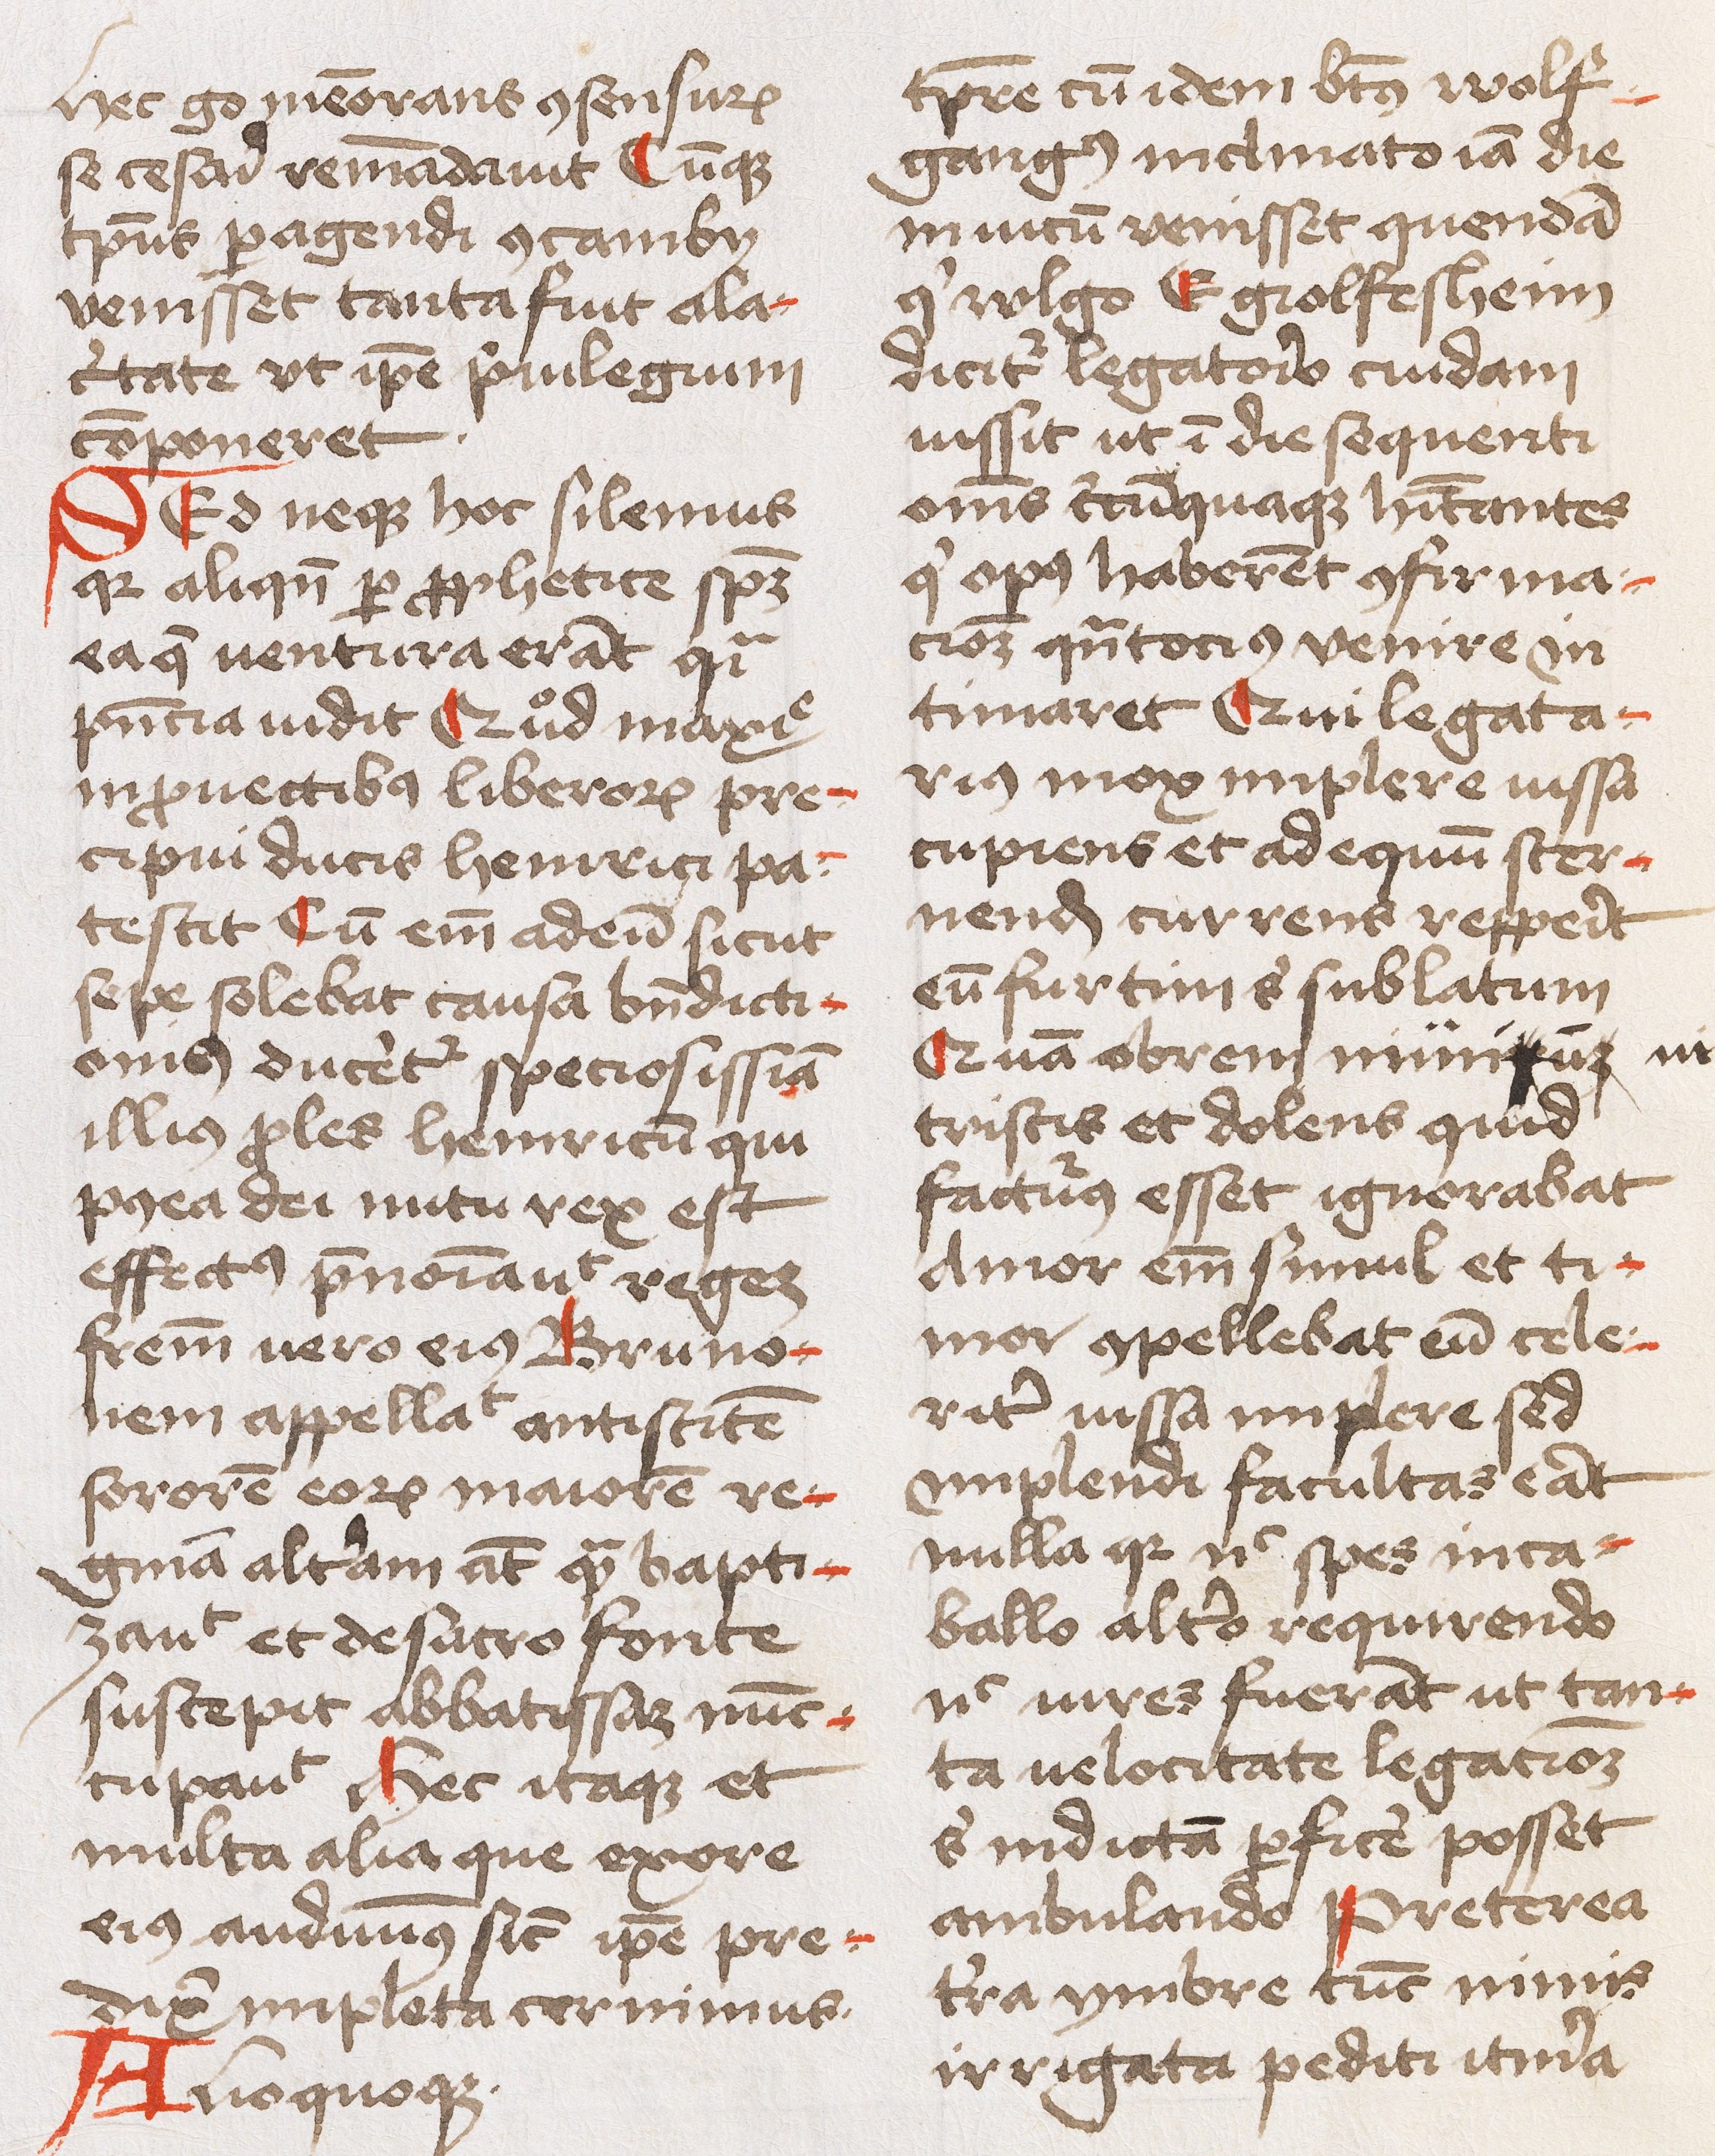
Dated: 1450–1474